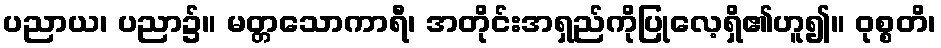
ပညာယ၊ ပညာ၌။ မတ္တသောကာရီ၊ အတိုင်းအရှည်ကိုပြုလေ့ရှိ၏ဟူ၍။ ဝုစ္စတိ၊